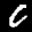
Label: 0